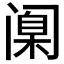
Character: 𫔶